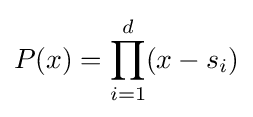
P(x)=\prod _{i=1}^{d}(x-s_{i})